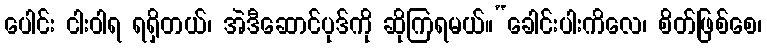
ပေါင်း ငါးဝါရ ရရှိတယ်၊ အဲဒီဆောင်ပုဒ်ကို ဆိုကြရမယ်။“ခေါင်းပါးကိလေ၊ စိတ်ဖြစ်စေ၊